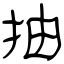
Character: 抽